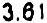
3.61